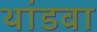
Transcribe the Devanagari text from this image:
थांडवा